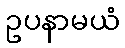
ဥပနာမယံ